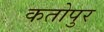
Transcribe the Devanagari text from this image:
कतोपुर